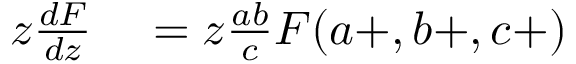
\begin{array} { r l } { z { \frac { d F } { d z } } } & { { } = z { \frac { a b } { c } } F ( a + , b + , c + ) } \end{array}